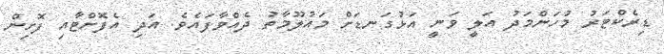
ޑިރެކްޓަރު މުހަންމަދު އަލީ ވަނީ އަޅުގަނޑަށް މައުލޫމާތު ދެއްވާފައެވެ. އަދި އެފޮށްޓާއި ފޮށިން